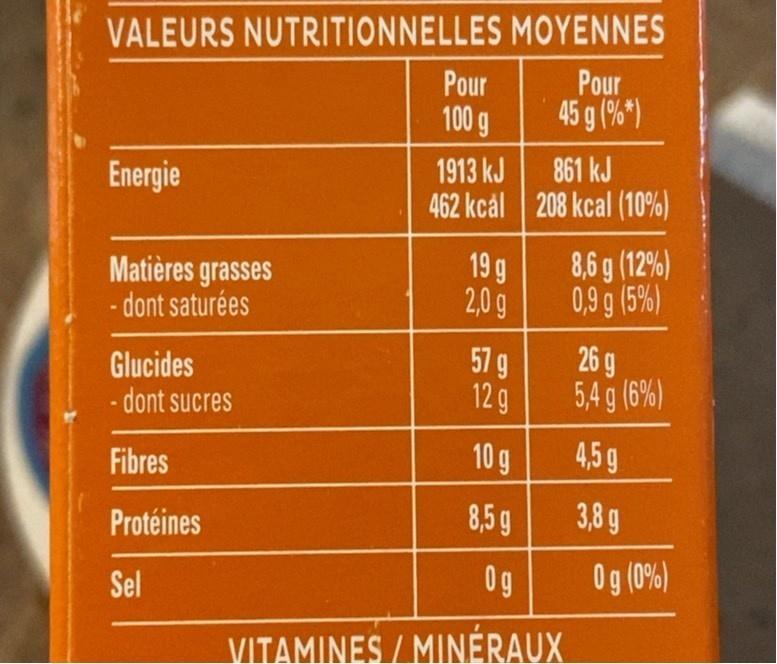
VALEURS NUTRITIONNELLES MOYENNES Pour 45 g (%")
Pour
100 g
Energie
1913 kJ
861 kJ
462 kcál 208 kcal (10%)
Matières grasses - dont saturées
19 g 2,0g
8,6 g (12%) 0,9 g (5%)
Glucides - dont sucres
579 12g
26 g 5,4 g (6%)
Fibres
10 g
4,5 g
Protéines
8,5 g
3,8 g
0g
Og (0%)
Sel
VITAMINES / MINÉRAUX